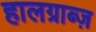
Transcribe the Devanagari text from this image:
हालग्राब्ज़